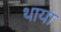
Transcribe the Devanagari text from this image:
थाया